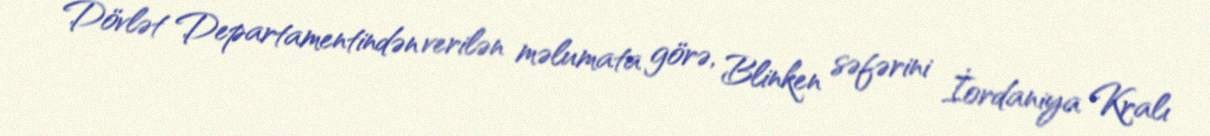
Dövlət Departamentindən verilən məlumata görə, Blinken səfərini İordaniya Kralı